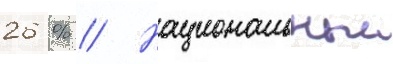
26 % // Национальныи